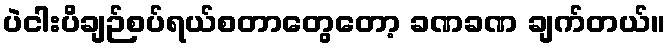
ပဲငါးပိချဉ်စပ်ရယ်စတာတွေတော့ ခဏခဏ ချက်တယ်။